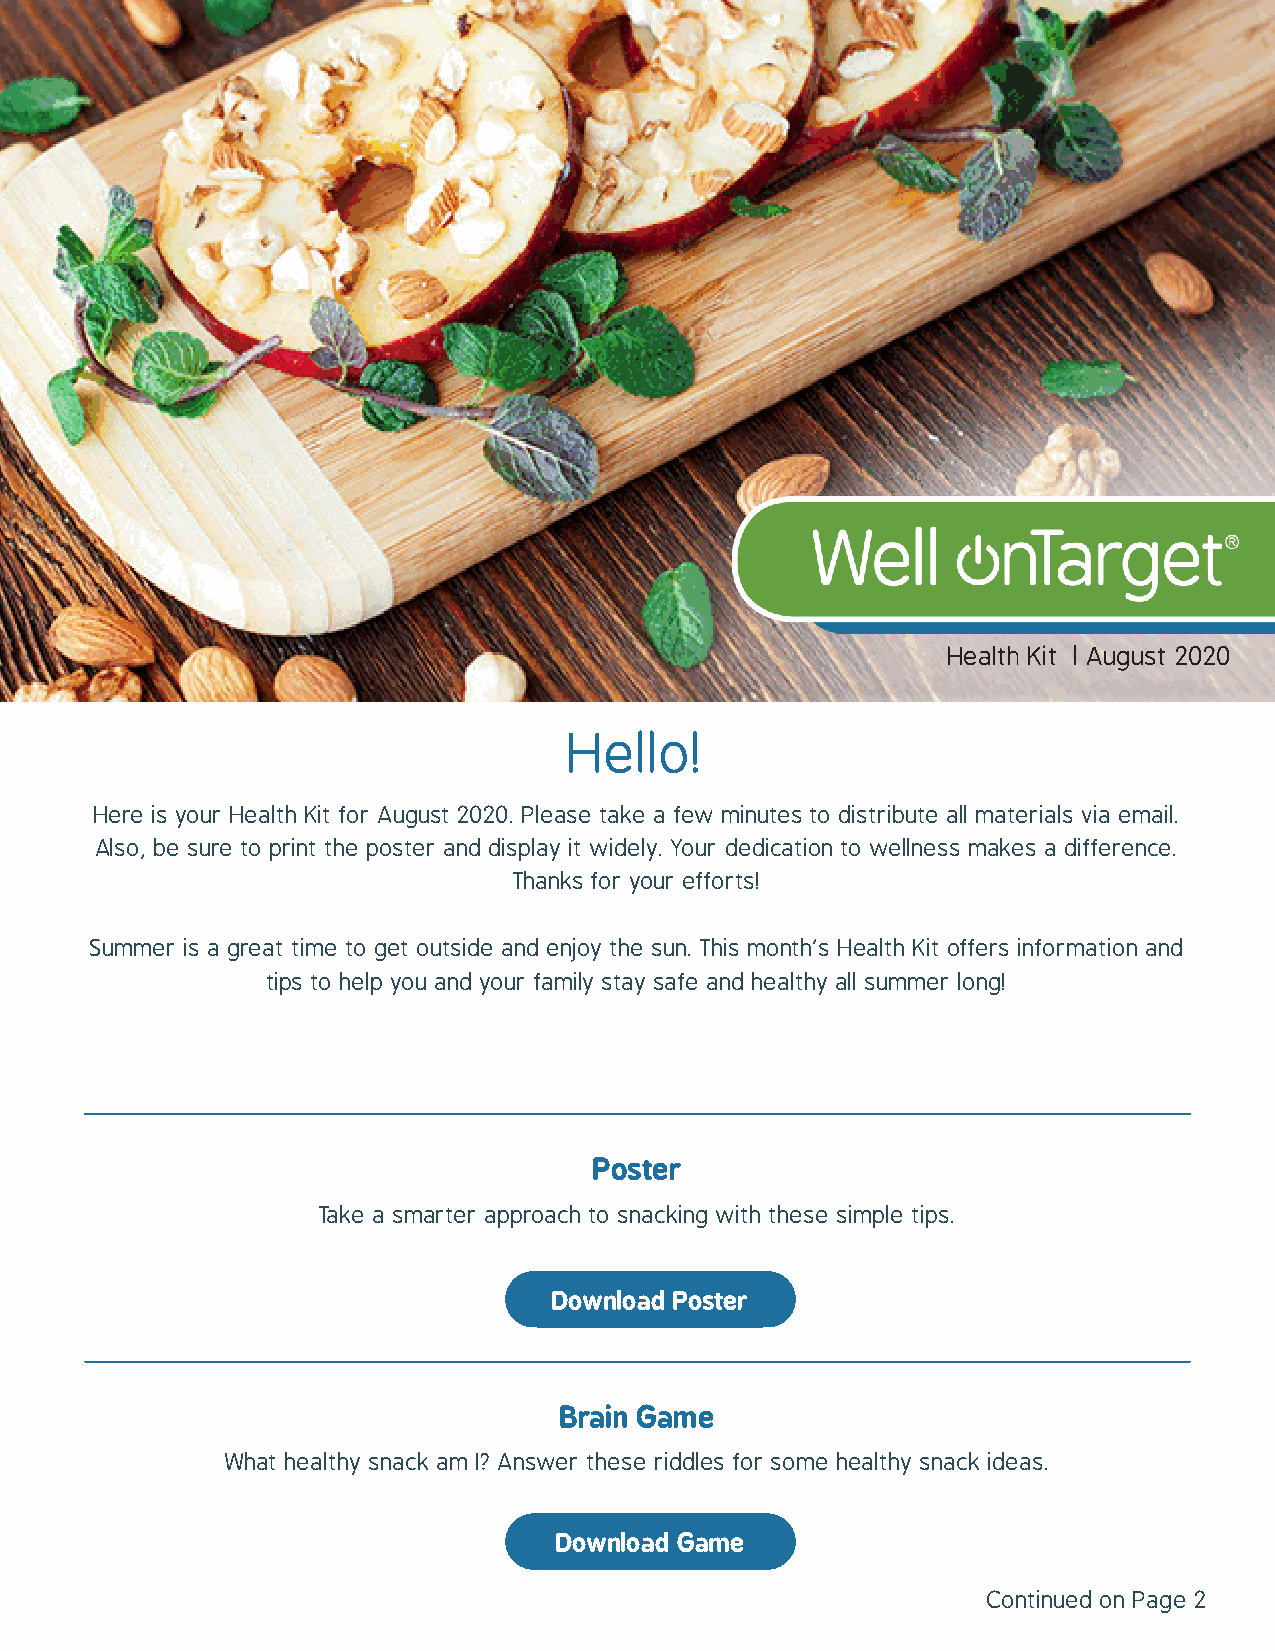
Health Kit | August 2020
 Hello!
 Here is your Health Kit for August 2020. Please take a few minutes to distribute all materials via email.
 Also, be sure to print the poster and display it widely. Your dedication to wellness makes a difference.
 Thanks for your efforts!
 Summer is a great time to get outside and enjoy the sun. This month’s Health Kit offers information and
 tips to help you and your family stay safe and healthy all summer long!
 Poster
 Take a smarter approach to snacking with these simple tips.
 Download Poster
 Brain Game
 What healthy snack am I? Answer these riddles for some healthy snack ideas.
 Download Game
 Continued on Page 2